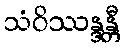
သံဝိဿန္ဒန္တီ